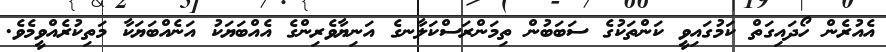
އެއުރެން ހޯދައިގަތް ކަމުގައިވީ ކަންތަކުގެ ސަބަބުން ތިމަންރަސްކަލާނގެ އަނިޔާވެރިންގެ އެއްބަޔަކު އަނެއްބަޔަކާ މަތިކުރެއްވީމެވެ.